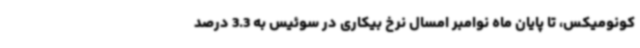
کونومیکس، تا پایان ماه نوامبر امسال نرخ بیکاری در سوئیس به 3.3 درصد